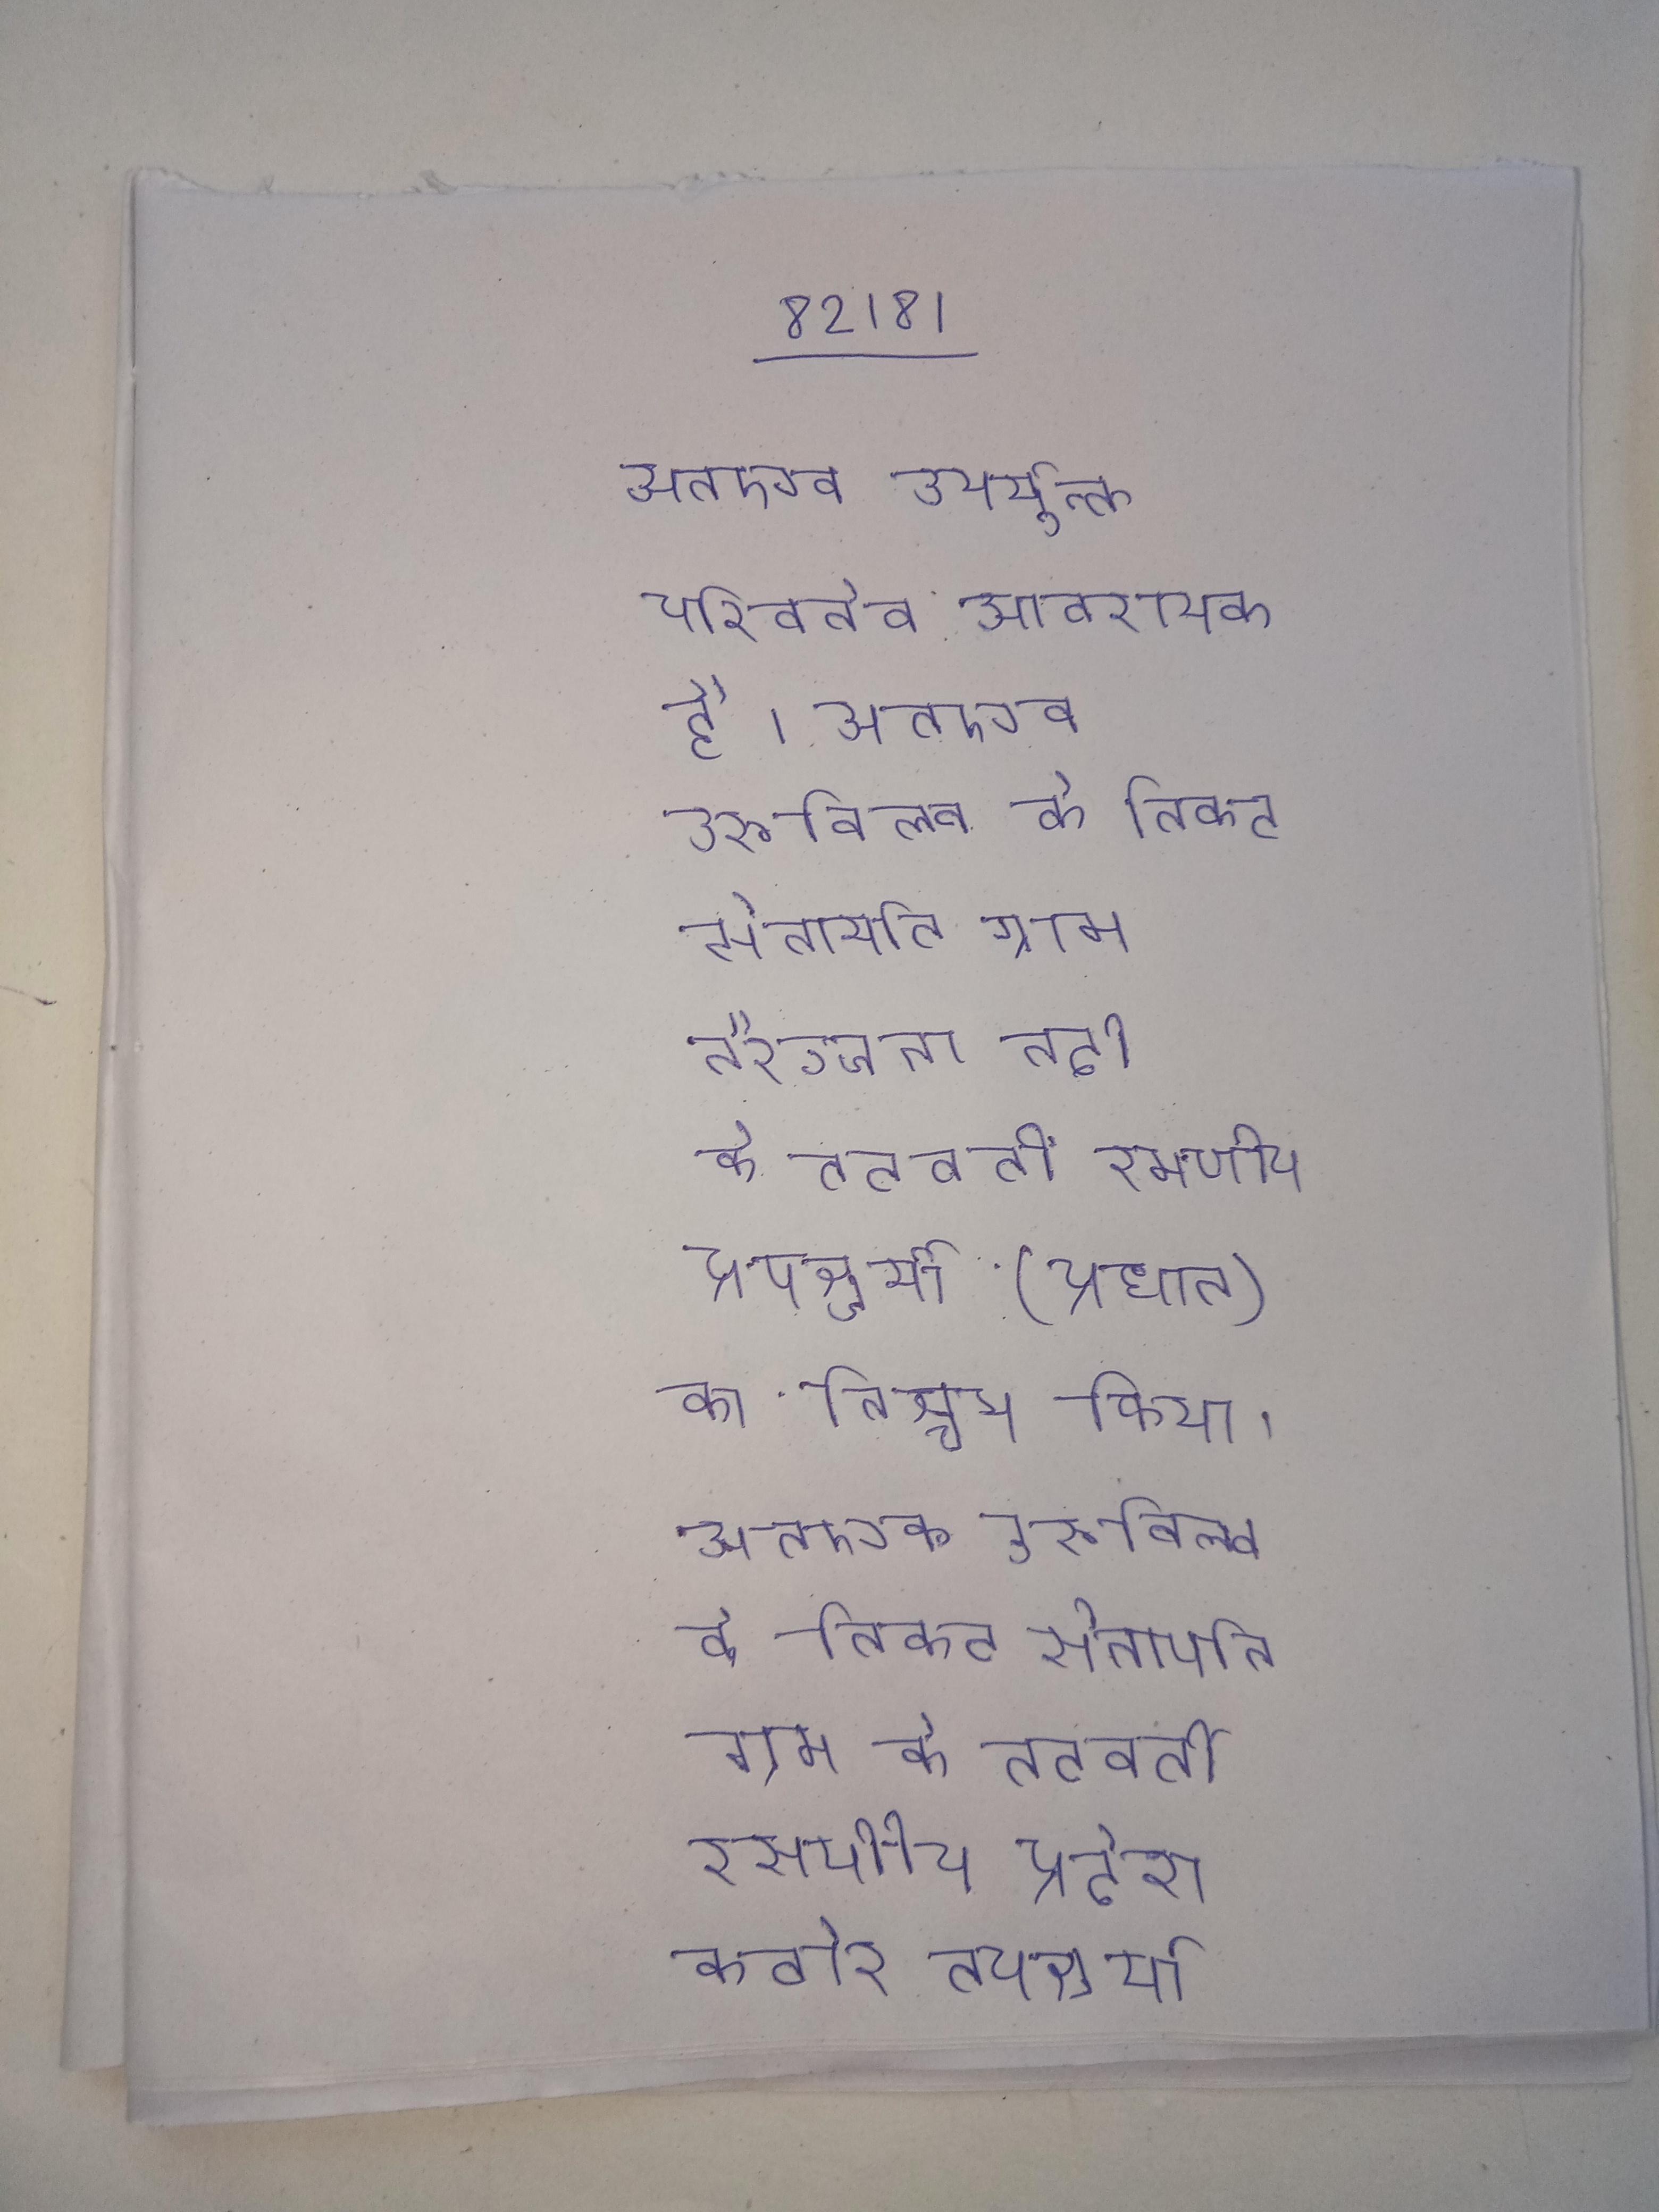
अतएव उपर्युक्त परिवर्तन आवश्यक है । अतएव उरुविल्व के निकट सेनापति ग्राम नैरञ्जना नदी के तटवर्ती रमणीय प्रदेश कठोर तपश्चर्या (प्रधान) का निश्चय किया । अतएव उरुविल्व के निकट सेनापति ग्राम के तटवर्ती रमणीय प्रदेश कठोर तपश्चर्या (प्रधान) का निश्चय किया ।